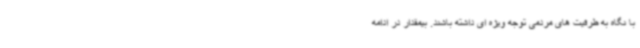
با نگاه به ظرفیت های مردمی توجه ویژه ای داشته باشند. بیمقدار در ادامه